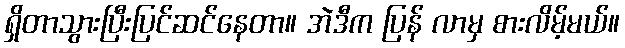
ရှိတာသွားပြီးပြင်ဆင်နေတာ။ အဲဒီက ပြန် လာမှ စားလိမ့်မယ်။